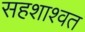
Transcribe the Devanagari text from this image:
सहशाश्वत